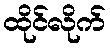
ထိုင်လိုက်